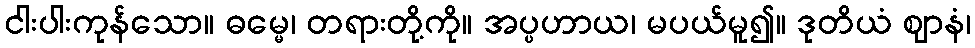
ငါးပါးကုန်သော။ ဓမ္မေ၊ တရားတို့ကို။ အပ္ပဟာယ၊ မပယ်မူ၍။ ဒုတိယံ ဈာနံ၊